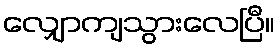
လျှောကျသွားလေပြီ။